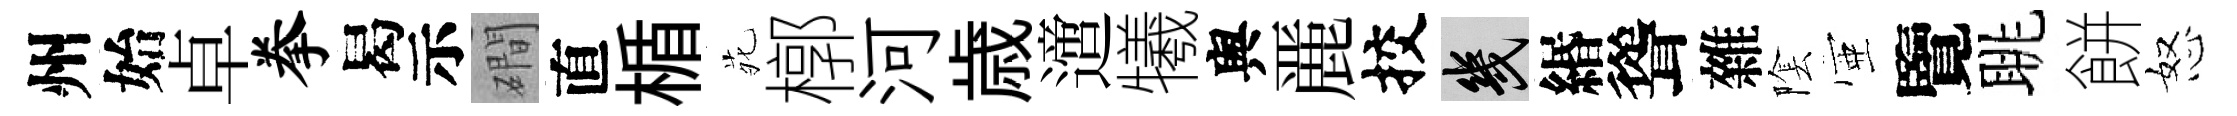
州始卓拳曷示磵直楯𫟍槨河歳𨗁犧舆䴡挍幾緡聳雜隂壺覽眺餅怒